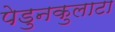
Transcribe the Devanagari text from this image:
पेडुनकुलाटा